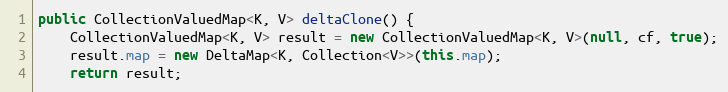
Language: Java
public CollectionValuedMap<K, V> deltaClone() {
    CollectionValuedMap<K, V> result = new CollectionValuedMap<K, V>(null, cf, true);
    result.map = new DeltaMap<K, Collection<V>>(this.map);
    return result;